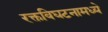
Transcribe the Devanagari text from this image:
रक्तविघटनामध्ये